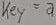
Text: key=a